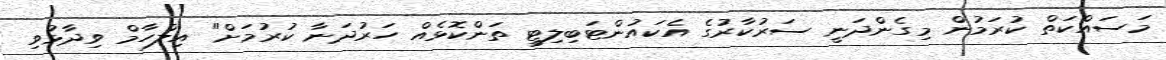
މަސައްކަތް ކުރަމުން މިގެންދަނީ ސަރުކާރުގެ އެކައުންޓަބިލިޓީ ތަންކޮޅެއް ހަރުދަނާ ކުރުމަށް" އިލްހާމް ވިދާޅުވި